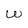
Character: W